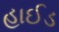
હાઈડ